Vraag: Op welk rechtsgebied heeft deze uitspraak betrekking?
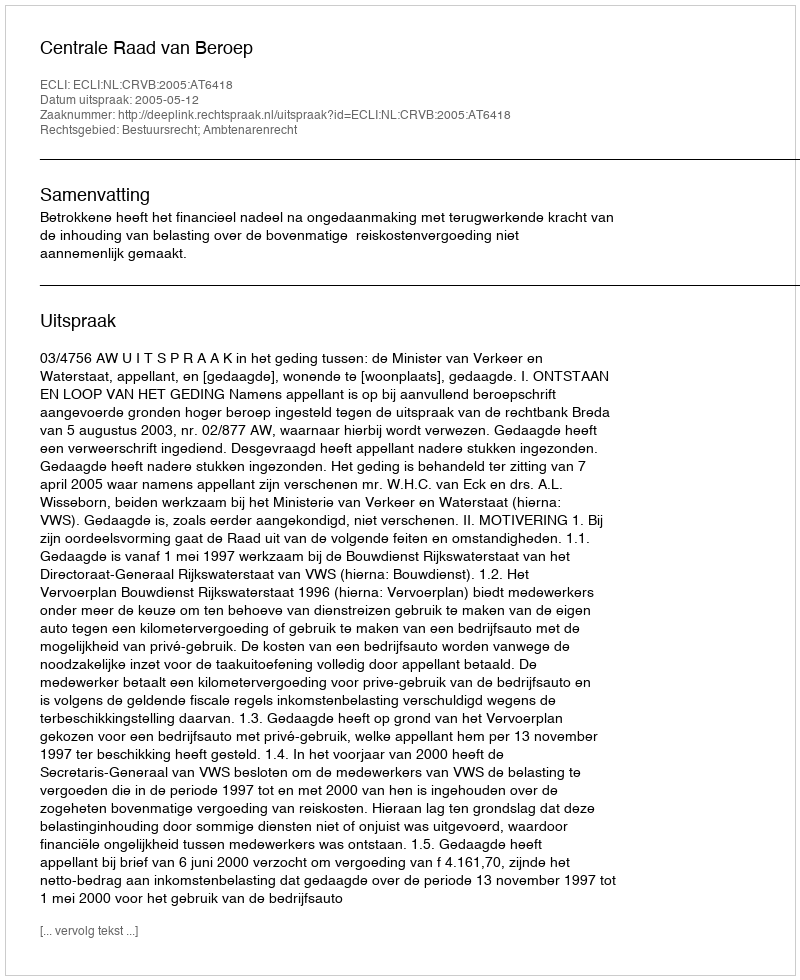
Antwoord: Bestuursrecht; Ambtenarenrecht